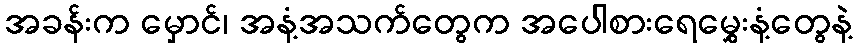
အခန်းက မှောင်၊ အနံ့အသက်တွေက အပေါစားရေမွှေးနံ့တွေနဲ့